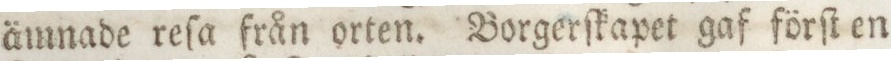
ämnade reſa från orten. Borgerſkapet gaf förſt en